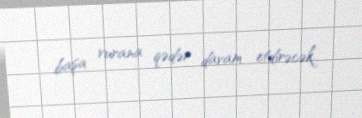
başa vurana qədər davam etdirəcək.